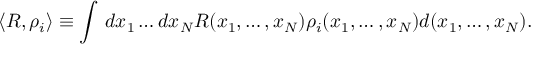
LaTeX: \langle R , \rho _ { i } \rangle \equiv \int \, d x _ { 1 } \dots d x _ { N } R ( x _ { 1 } , \ldots , x _ { N } ) \rho _ { i } ( x _ { 1 } , \ldots , x _ { N } ) d ( x _ { 1 } , \ldots , x _ { N } ) .